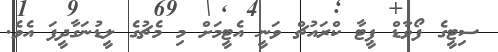
ސިޓީގެ ފޯވާޑް ޕީޓާ ކްރައުޗް ވަނީ އެޓީމަށް މި މެޗުގެ ލީޑުނަގާދީފަ އެވެ.